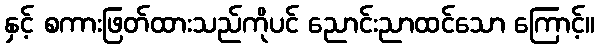
နှင့် စကားဖြတ်ထားသည်ကိုပင် ညောင်းညာထင်သော ကြောင့်။